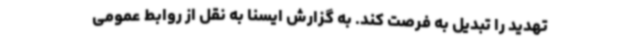
تهدید را تبدیل به فرصت کند. به گزارش ایسنا به نقل از روابط عمومی